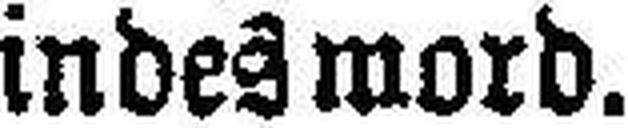
Kindesmord.